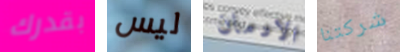
بقدرك ليس الادمان شركتنا